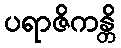
ပရာဇိကန္တိ